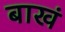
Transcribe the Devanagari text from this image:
बाखं